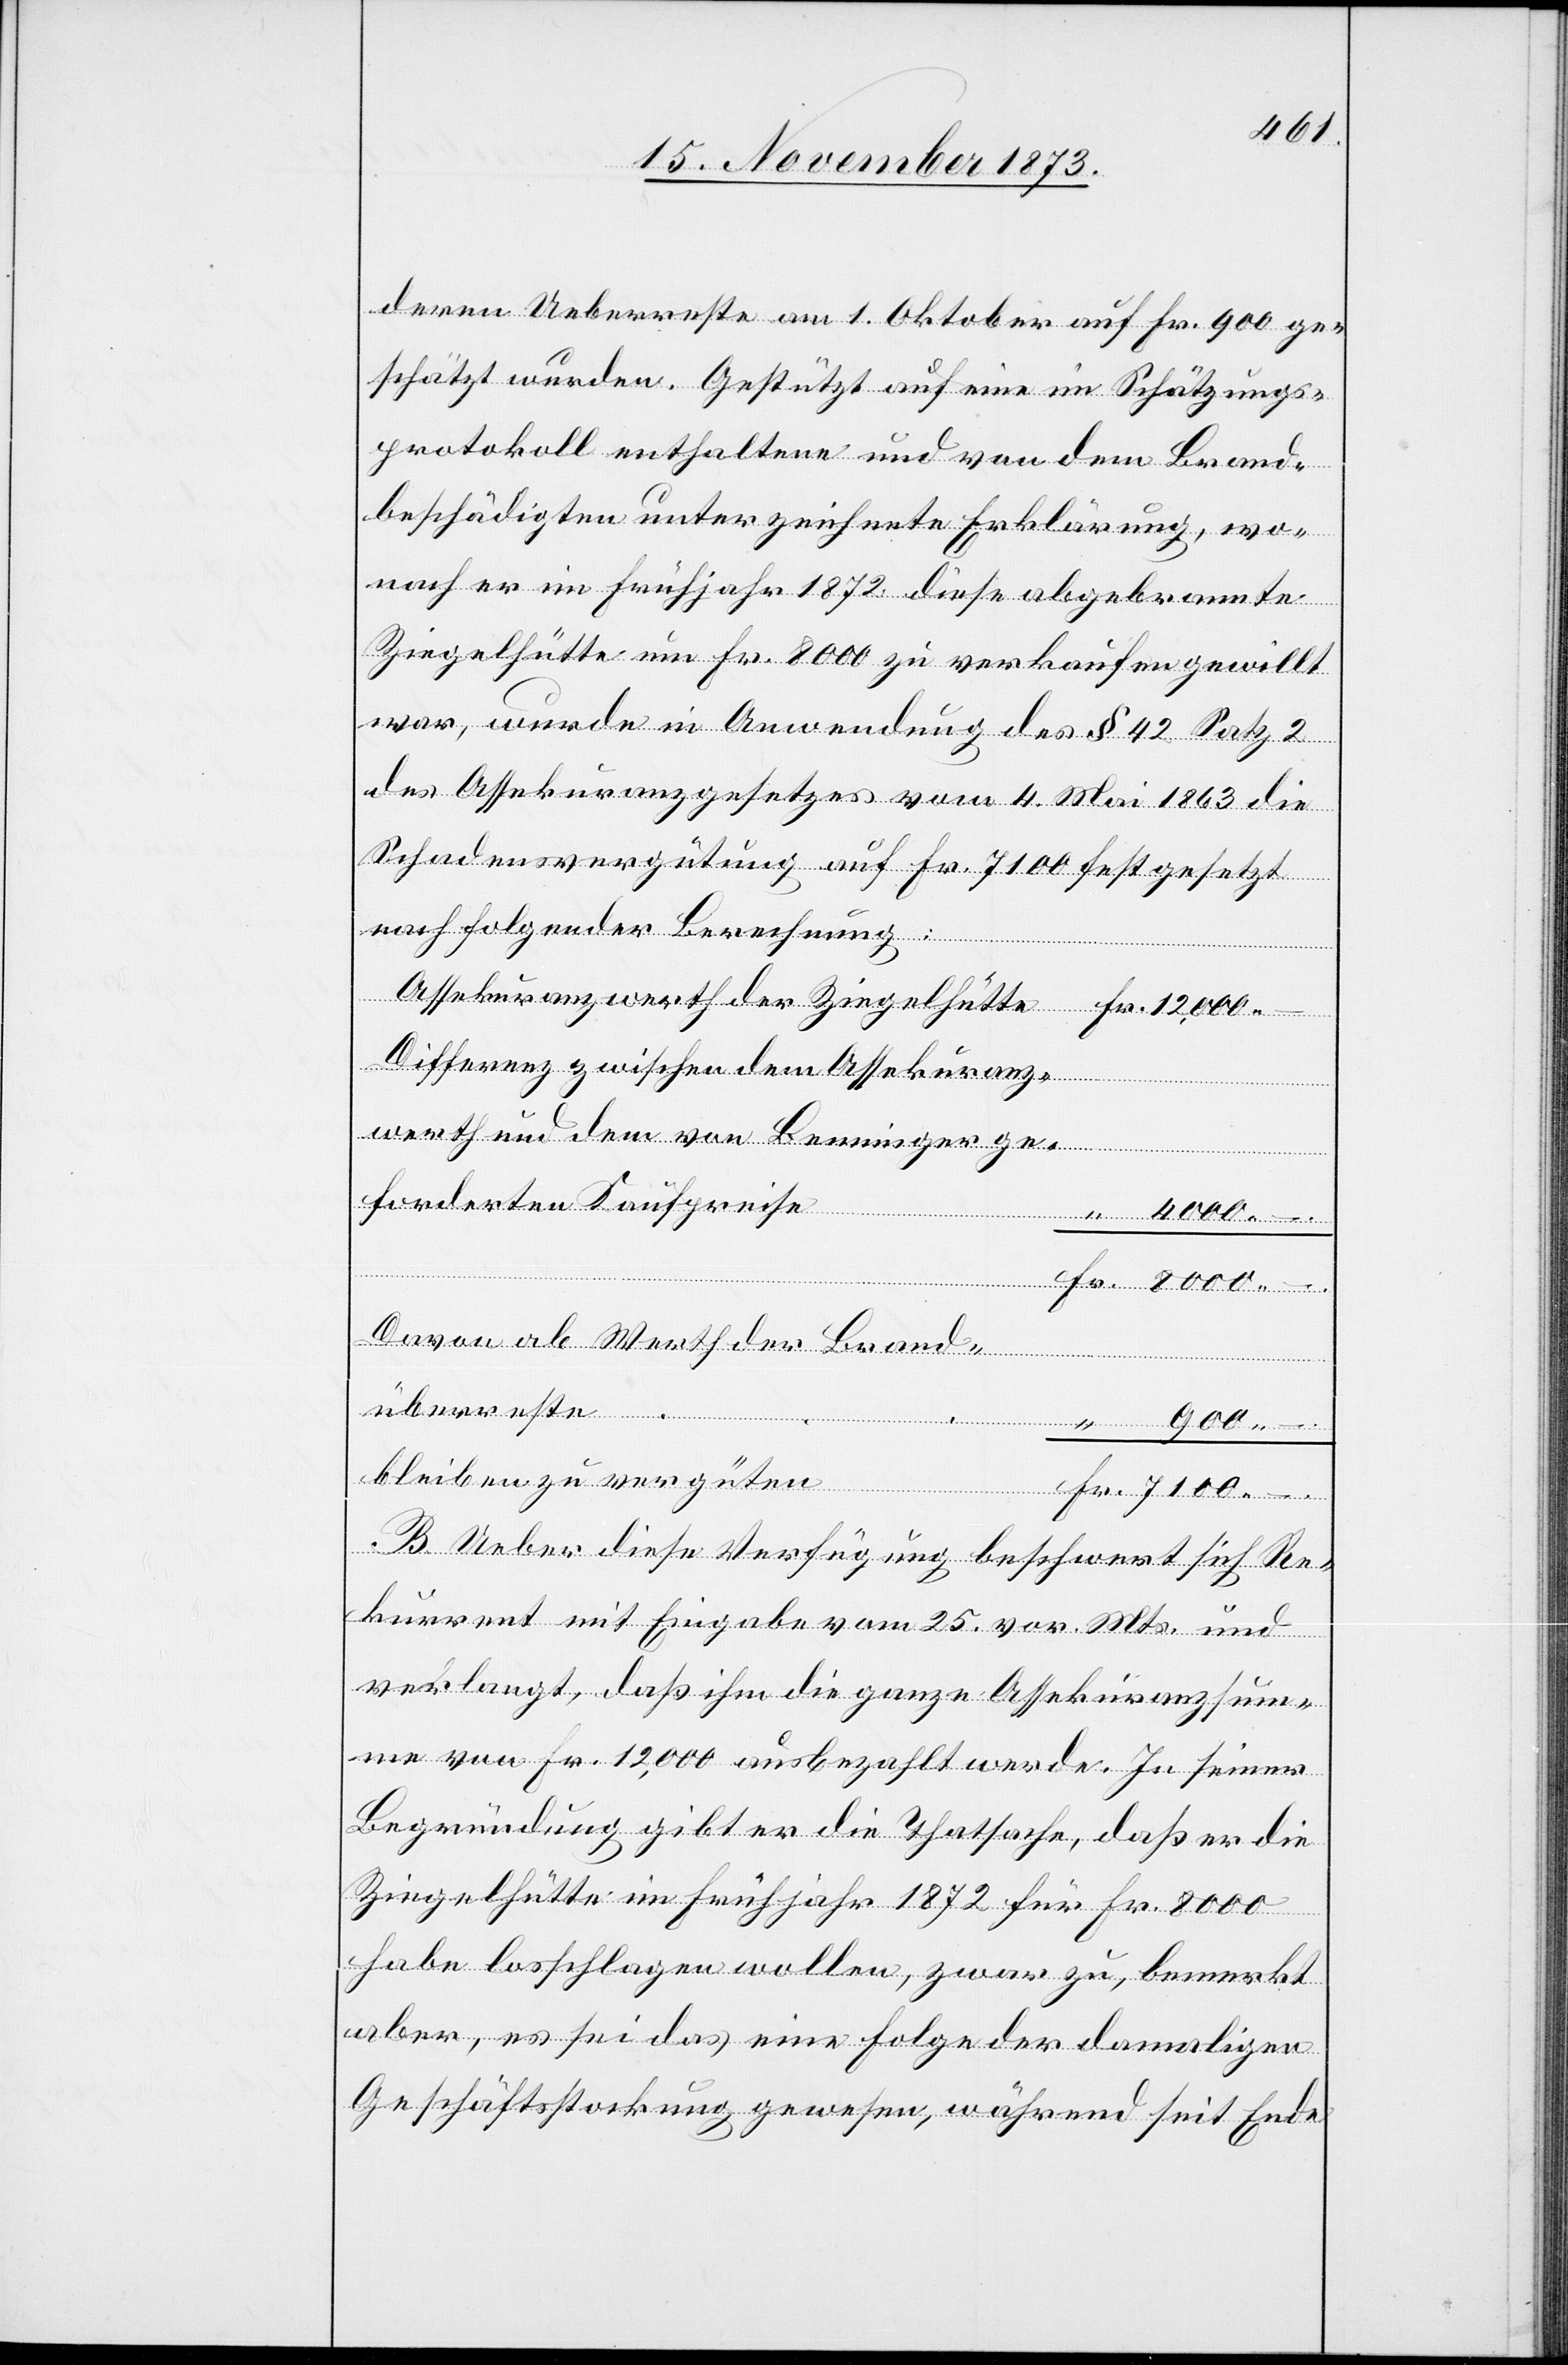
4 000
deren Ueberreste am 1. Oktober auf Fr. 900 ge¬
schätzt wurden. Gestützt auf eine im Schätzungs¬
protokoll enthaltene und von dem Brand¬
beschädigten unterzeichnete Erklärung, wo¬
nach er im Frühjahr 1872 diese abgebrannte
Ziegelhütte um Fr. 8 000 zu verkaufen gewillt
war, wurde in Anwendung des § 42 Satz 2
des Assekuranzgesetzes vom 4. Mai 1863 die
Schadensvergütung auf Fr. 7 100 festgesetzt
–
nach folgender Berechnung:
–
Differenz zwischen dem Assekuranzwerth
forderten Kaufpreise
Davon ab Werth der Brand¬
überreste
bleiben zu vergüten
–
B. Ueber diese Verfügung beschwert sich Re¬
kurrent mit Eingabe vom 25. vor. Mts. und
verlangt, daß ihm die ganze Assekuranzsum¬
me von Fr. 12,000 ausbezahlt werde. In seiner
Begründung gibt er die Thatsache, daß er die
Ziegelhütte im Frühjahr 1872 für Fr. 8 000
habe losschlagen wollen, zwar zu, bemerkt
aber, es sei das eine Folge der damaligen
Geschäftsstockung gewesen, während seit Ende